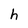
Character: h